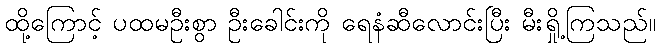
ထို့ကြောင့် ပထမဦးစွာ ဦးခေါင်းကို ရေနံဆီလောင်းပြီး မီးရှို့ကြသည်။